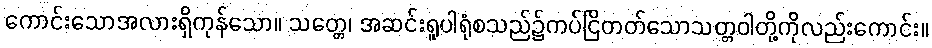
ကောင်းသောအလားရှိကုန်သော။ သတ္တေ၊ အဆင်းရူပါရုံစသည်၌ကပ်ငြိတတ်သောသတ္တဝါတို့ကိုလည်းကောင်း။